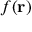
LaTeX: f ( \mathbf { r } )